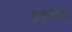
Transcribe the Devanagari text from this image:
अस्त्रक्षेपक